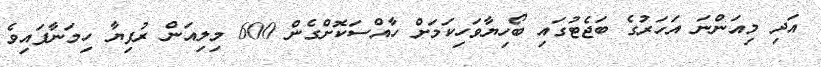
އަދި މިއަންނަ އަހަރުގެ ބަޖެޓުގައި ބޯހިޔާވަހިކަމަށް ހާއްސަކޮށްގެން 600 މިލިއަން ރުފިޔާ ހިމަނާފައިވެ